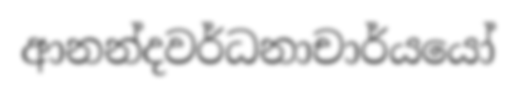
ආනන්දවර්ධනාචාර්යයෝ